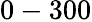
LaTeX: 0-300